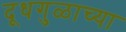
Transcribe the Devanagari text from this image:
दूधगुळाच्या